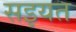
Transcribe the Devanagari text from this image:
सइयत